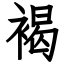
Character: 褐